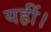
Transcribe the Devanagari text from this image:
यहीं।